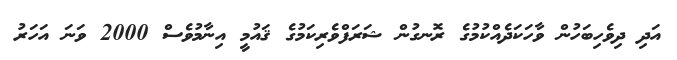
އަދި ދިވެހިބަހުން ވާހަކަދެއްކުމުގެ ރޮނގުން ޝަރަފްވެރިކަމުގެ ޤައުމީ އިނާމުވެސް 2000 ވަނަ އަހަރު